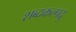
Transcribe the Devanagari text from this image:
शब्दकल्पद्रु